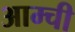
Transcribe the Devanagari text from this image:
आम्ची